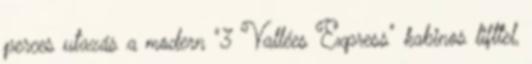
perces utazás a modern "3 Vallées Express" kabinos lifttel,